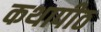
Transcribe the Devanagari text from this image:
कथापीठ